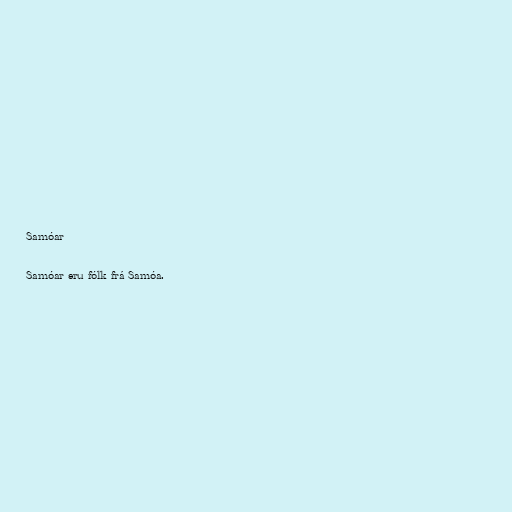
Samóar

Samóar eru fólk frá Samóa.